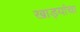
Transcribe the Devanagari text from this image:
खाड्यांचा